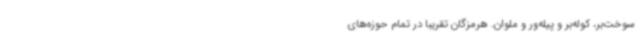
سوخت‌بر، کوله‌بر و پیله‌ور و ملوان. هرمزگان تقریبا در تمام حوزه‌های